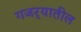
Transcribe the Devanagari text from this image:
गजर्‍यातील